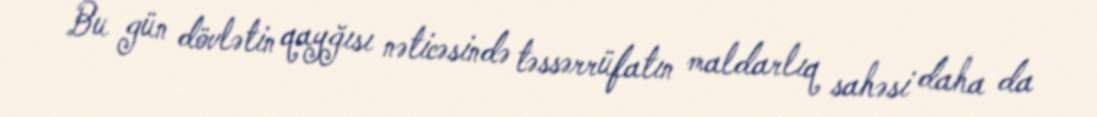
Bu gün dövlətin qayğısı nəticəsində təssərrüfatın maldarlıq sahəsi daha da